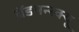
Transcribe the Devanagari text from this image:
ब्रॅडमन्स्क्यू